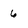
Character: 6